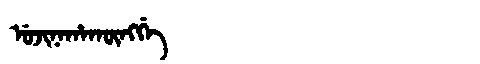
Manchu: ᡠᠵᡳᠨᠠᡥᠠᡴᡡᠩᡤᡝ
Romanization: UJINAHAKŪNGGE